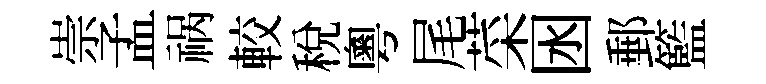
崇孟祸較稅粵尾菜囦郵籃